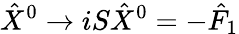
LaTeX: {\hat{X}}^{0}\rightarrow iS{\hat{X}}^{0}=-{\hat{F}}_{1}